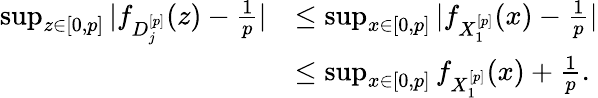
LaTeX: \begin{array}{rl}{\operatorname*{sup}_{z\in[0,p]}|f_{D_{j}^{[p]}}(z)-\frac{1}{p}|}&{\leq\operatorname*{sup}_{x\in[0,p]}|f_{X_{1}^{[p]}}(x)-\frac{1}{p}|}\\ &{\leq\operatorname*{sup}_{x\in[0,p]}f_{X_{1}^{[p]}}(x)+\frac{1}{p}.}\end{array}